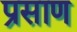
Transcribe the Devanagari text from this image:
प्रसाण